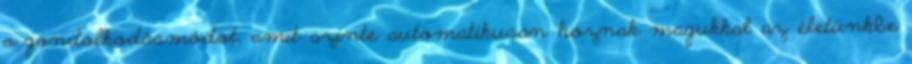
a gondolkodásmódot, amit szinte automatikusan hoznak magukkal az életünkbe